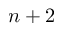
n + 2